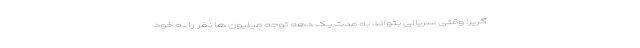
گریز! وقتی سریالی بتواند به مدت یک دهه توجه میلیون ها نفر را به خود